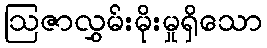
ဩဇာလွှမ်းမိုးမှုရှိသော